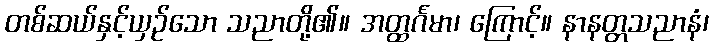
တစ်ဆယ်နှင့်ယှဉ်သော သညာတို့၏။ အတ္ထင်္ဂမာ၊ ကြောင့်။ နာနတ္တသညာနံ၊